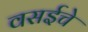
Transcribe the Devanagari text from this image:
वसईचे